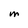
Character: M